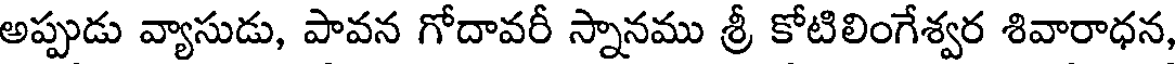
అప్పుడు వ్యాసుడు, పావన గోదావరీ స్నానము శ్రీ కోటిలింగేశ్వర శివారాధన,